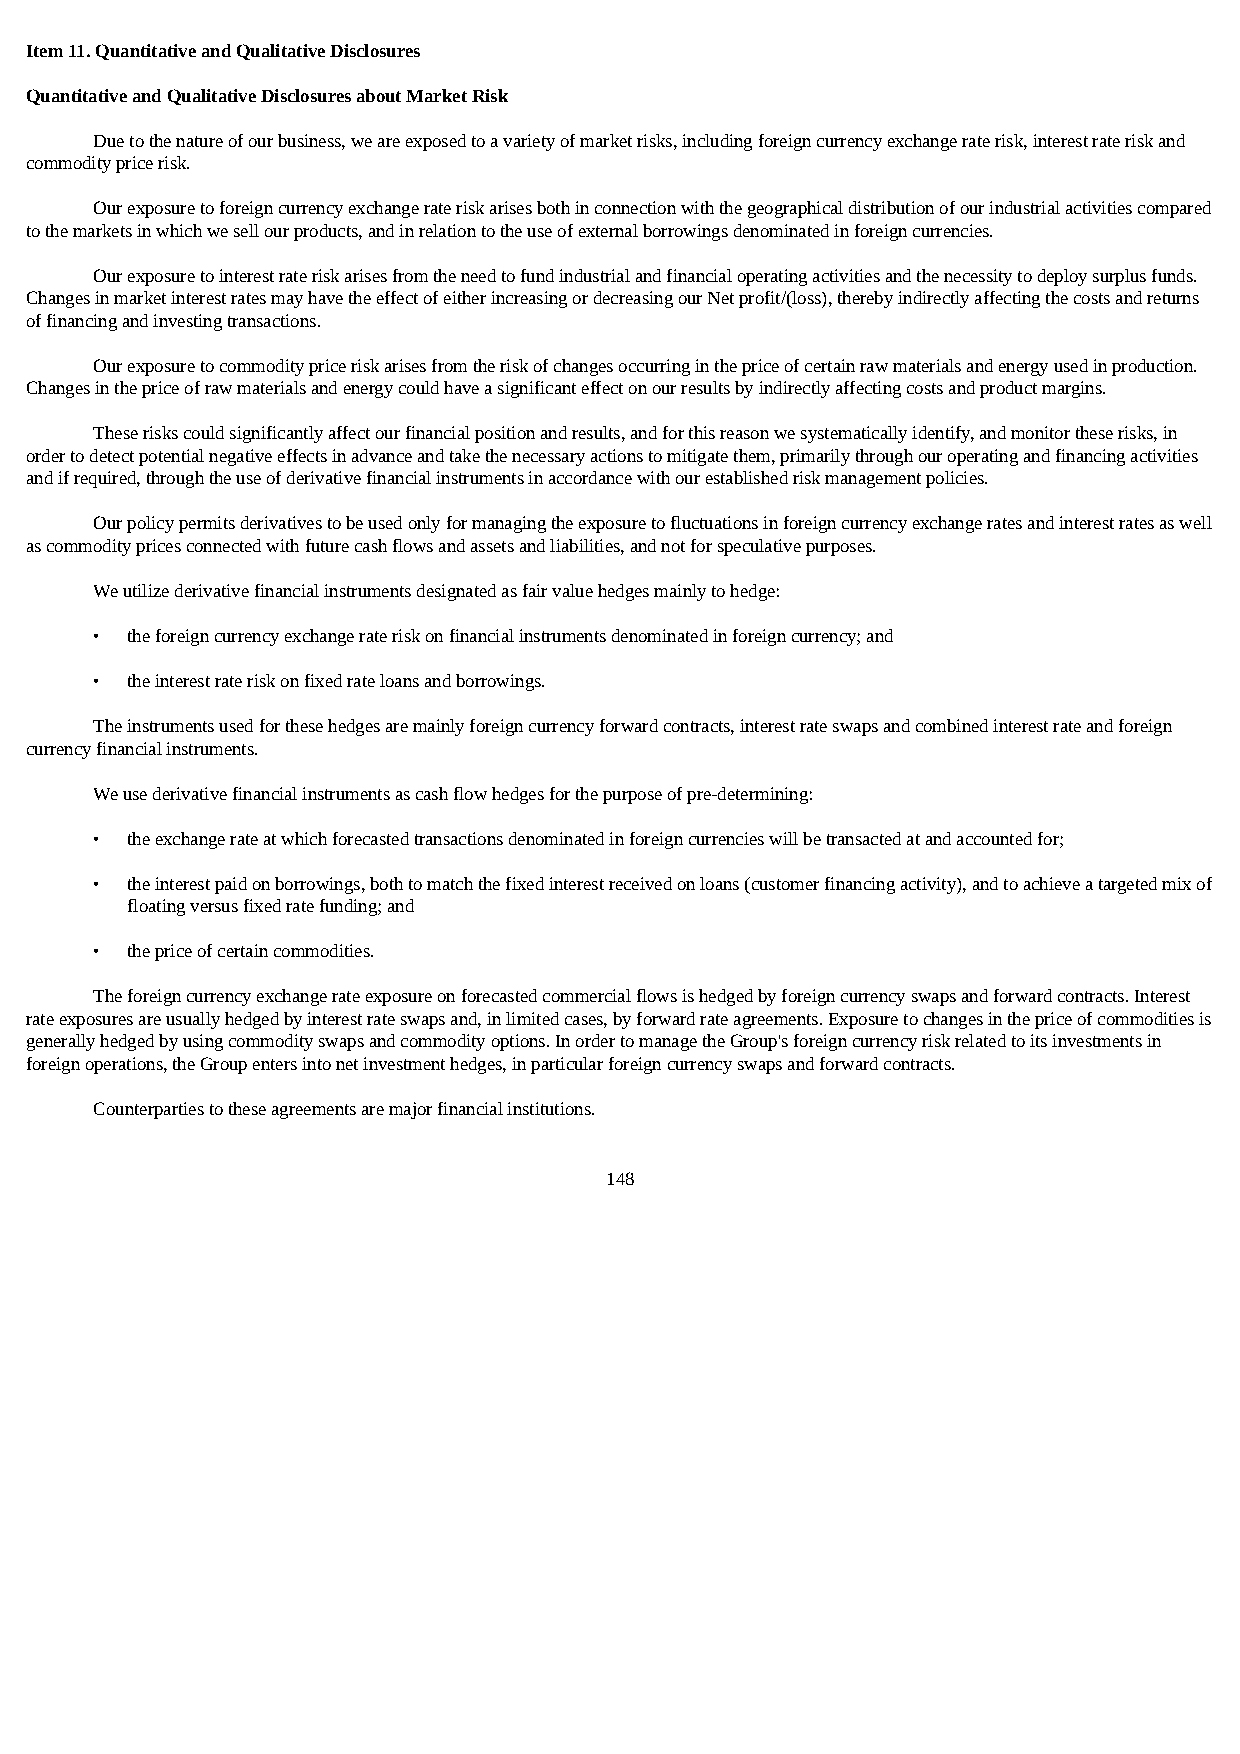
Item 11. Quantitative and Qualitative Disclosures
 Quantitative and Qualitative Disclosures about Market Risk
 Due to the nature of our business, we are exposed to a variety of market risks, including foreign currency exchange rate risk, interest rate risk and
 commodity price risk.
 Our exposure to foreign currency exchange rate risk arises both in connection with the geographical distribution of our industrial activities compared
 to the markets in which we sell our products, and in relation to the use of external borrowings denominated in foreign currencies.
 Our exposure to interest rate risk arises from the need to fund industrial and financial operating activities and the necessity to deploy surplus funds.
 Changes in market interest rates may have the effect of either increasing or decreasing our Net profit/(loss), thereby indirectly affecting the costs and returns
 of financing and investing transactions.
 Our exposure to commodity price risk arises from the risk of changes occurring in the price of certain raw materials and energy used in production.
 Changes in the price of raw materials and energy could have a significant effect on our results by indirectly affecting costs and product margins.
 These risks could significantly affect our financial position and results, and for this reason we systematically identify, and monitor these risks, in
 order to detect potential negative effects in advance and take the necessary actions to mitigate them, primarily through our operating and financing activities
 and if required, through the use of derivative financial instruments in accordance with our established risk management policies.
 Our policy permits derivatives to be used only for managing the exposure to fluctuations in foreign currency exchange rates and interest rates as well
 as commodity prices connected with future cash flows and assets and liabilities, and not for speculative purposes.
 We utilize derivative financial instruments designated as fair value hedges mainly to hedge:
 • the foreign currency exchange rate risk on financial instruments denominated in foreign currency; and
 • the interest rate risk on fixed rate loans and borrowings.
 The instruments used for these hedges are mainly foreign currency forward contracts, interest rate swaps and combined interest rate and foreign
 currency financial instruments.
 We use derivative financial instruments as cash flow hedges for the purpose of pre-determining:
 • the exchange rate at which forecasted transactions denominated in foreign currencies will be transacted at and accounted for;
 • the interest paid on borrowings, both to match the fixed interest received on loans (customer financing activity), and to achieve a targeted mix of
 floating versus fixed rate funding; and
 • the price of certain commodities.
 The foreign currency exchange rate exposure on forecasted commercial flows is hedged by foreign currency swaps and forward contracts. Interest
 rate exposures are usually hedged by interest rate swaps and, in limited cases, by forward rate agreements. Exposure to changes in the price of commodities is
 generally hedged by using commodity swaps and commodity options. In order to manage the Group's foreign currency risk related to its investments in
 foreign operations, the Group enters into net investment hedges, in particular foreign currency swaps and forward contracts.
 Counterparties to these agreements are major financial institutions.
 148